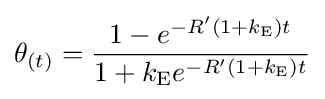
\theta _{(t)}={\frac {1-e^{-R'(1+k_{\text{E}})t}}{1+k_{\text{E}}e^{-R'(1+k_{\text{E}})t}}}